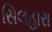
સિલહારા